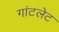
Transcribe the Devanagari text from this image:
गांटलेट